Lunatic asylums Central Provinces reports 1886-1894 - 1886-1894
Year: 1886
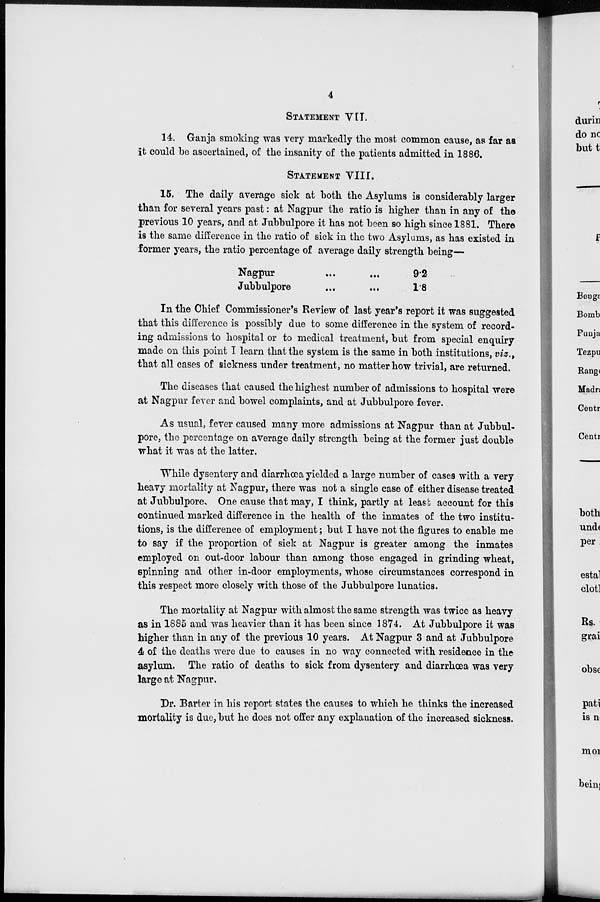
4
STATEMENT VII.
14. Ganja smoking was very markedly the most common cause, as far as
it could be ascertained, of the insanity of the patients admitted in 1886.
STATEMENT VIII.
15. The daily average sick at both the Asylums is considerably larger
than for several years past: at Nagpur the ratio is higher than in any of the
previous 10 years, and at Jubbulpore it has not been so high since 1881. There
is the same difference in the ratio of sick in the two Asylums, as has existed in
former years, the ratio percentage of average daily strength being—
Nagpur ... ...
Jubbulpore ... ...
9.2
1.8
In the Chief Commissioner's Review of last year's report it was suggested
that this difference is possibly due to some difference in the system of record-
ing admissions to hospital or to medical treatment, but from special enquiry
made on this point I learn that the system is the same in both institutions, viz.,
that all cases of sickness under treatment, no matter how trivial, are returned.
The diseases that caused the highest number of admissions to hospital were
at Nagpur fever and bowel complaints, and at Jubbulpore fever.
As usual, fever caused many more admissions at Nagpur than at Jubbul-
pore, the percentage on average daily strength being at the former just double
what it was at the latter.
While dysentery and diarrhœa yielded a large number of cases with a very
heavy mortality at Nagpur, there was not a single case of either disease treated
at Jubbulpore. One cause that may, I think, partly at least account for this
continued marked difference in the health of the inmates of the two institu-
tions, is the difference of employment; but I have not the figures to enable me
to say if the proportion of sick at Nagpur is greater among the inmates
employed on out-door labour than among those engaged in grinding wheat,
spinning and other in-door employments, whose circumstances correspond in
this respect more closely with those of the Jubbulpore lunatics.
The mortality at Nagpur with almost the same strength was twice as heavy
as in 1885 and was heavier than it has been since 1874. At Jubbulpore it was
higher than in any of the previous 10 years. At Nagpur 3 and at Jubbulpore
4 of the deaths were due to causes in no way connected with residence in the
asylum. The ratio of deaths to sick from dysentery and diarrhœa was very
large at Nagpur.
Dr. Barter in his report states the causes to which he thinks the increased
mortality is due, but he does not offer any explanation of the increased sickness.